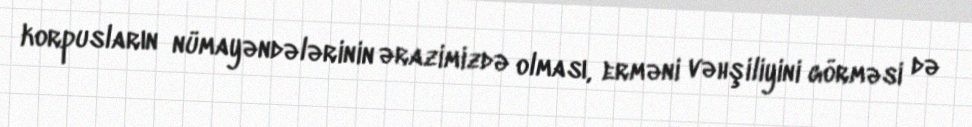
korpusların nümayəndələrinin ərazimizdə olması, erməni vəhşiliyini görməsi də